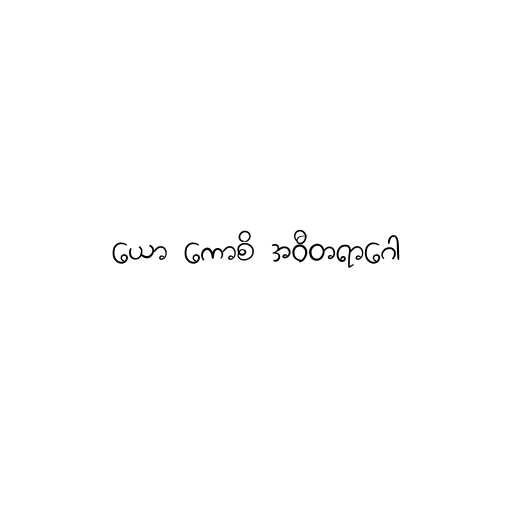
ယော ကောစိ အဝီတရာဂေါ